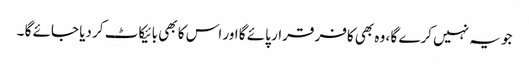
جو یہ نہیں کرے گا ، وہ بھی کافر قرار پائے گا اور اس کا بھی بائیکاٹ کر دیا جائے گا ۔